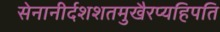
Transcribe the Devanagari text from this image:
सेनानीर्दशशतमुखैरप्यहिपति